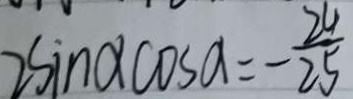
2 \sin \alpha \cos a = - \frac { 2 4 } { 2 5 }